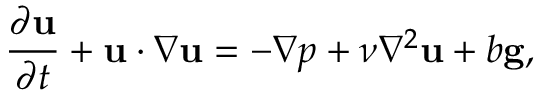
\frac { \partial \mathbf { u } } { \partial t } + \mathbf { u } \cdot \nabla \mathbf { u } = - \nabla p + \nu \nabla ^ { 2 } \mathbf { u } + b \mathbf { g } ,